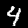
Digit: 4